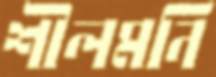
শীলমনি